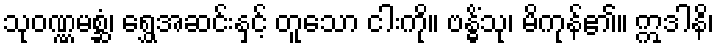
သုဝဏ္ဏမစ္ဆံ၊ ရွှေအဆင်းနှင့် တူသော ငါးကို။ ဗန္ဓိံသု၊ မိကုန်၏။ ဣဒါနိ၊